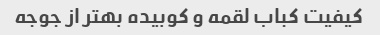
کیفیت کباب لقمه و کوبیده بهتر از جوجه